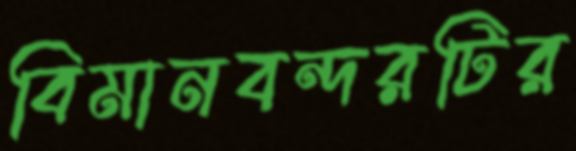
বিমানবন্দরটির